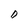
Character: D